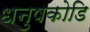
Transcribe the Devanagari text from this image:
धनुषकोडि